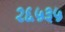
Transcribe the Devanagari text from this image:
२६५३५